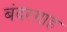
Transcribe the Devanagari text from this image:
बंदरग़ाह